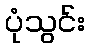
ပုံသွင်း